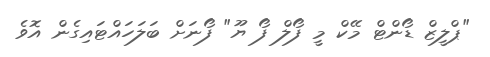
"ޕްލީޒް ޑޯންޓް މޭކް މީ ފޯލް ފޯ ޔޫ" ފޯނަށް ބަލަހައްޓައިގެން އޮވެ